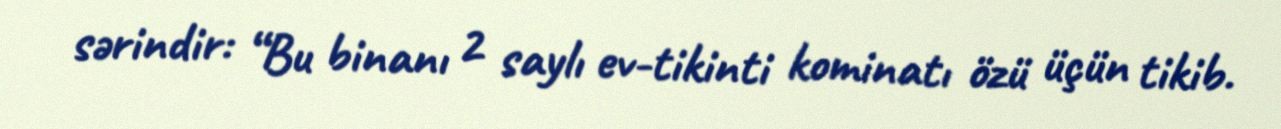
sərindir: “Bu binanı 2 saylı ev-tikinti kominatı özü üçün tikib.